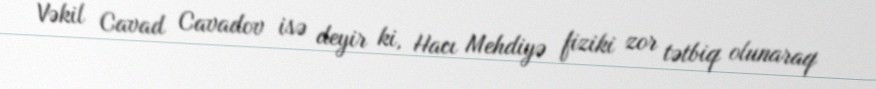
Vəkil Cavad Cavadov isə deyir ki, Hacı Mehdiyə fiziki zor tətbiq olunaraq